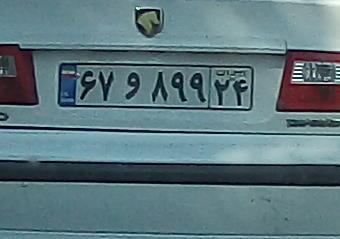
۶۷و۸۹۹۲۴